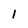
Character: 1